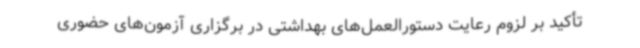
تأکید بر لزوم رعایت دستورالعمل‌های بهداشتی در برگزاری آزمون‌های حضوری